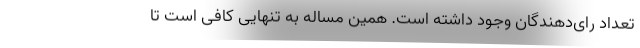
تعداد رای‌دهندگان وجود داشته است. همین مساله به تنهایی کافی است تا